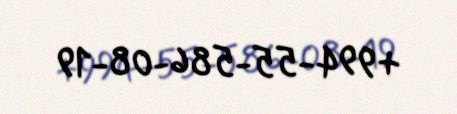
+994-55-586-08-19